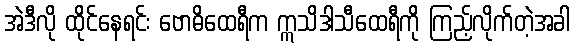
အဲဒီလို ထိုင်နေရင်း ဗောဓိထေရီက ဣသိဒါသီထေရီကို ကြည့်လိုက်တဲ့အခါ